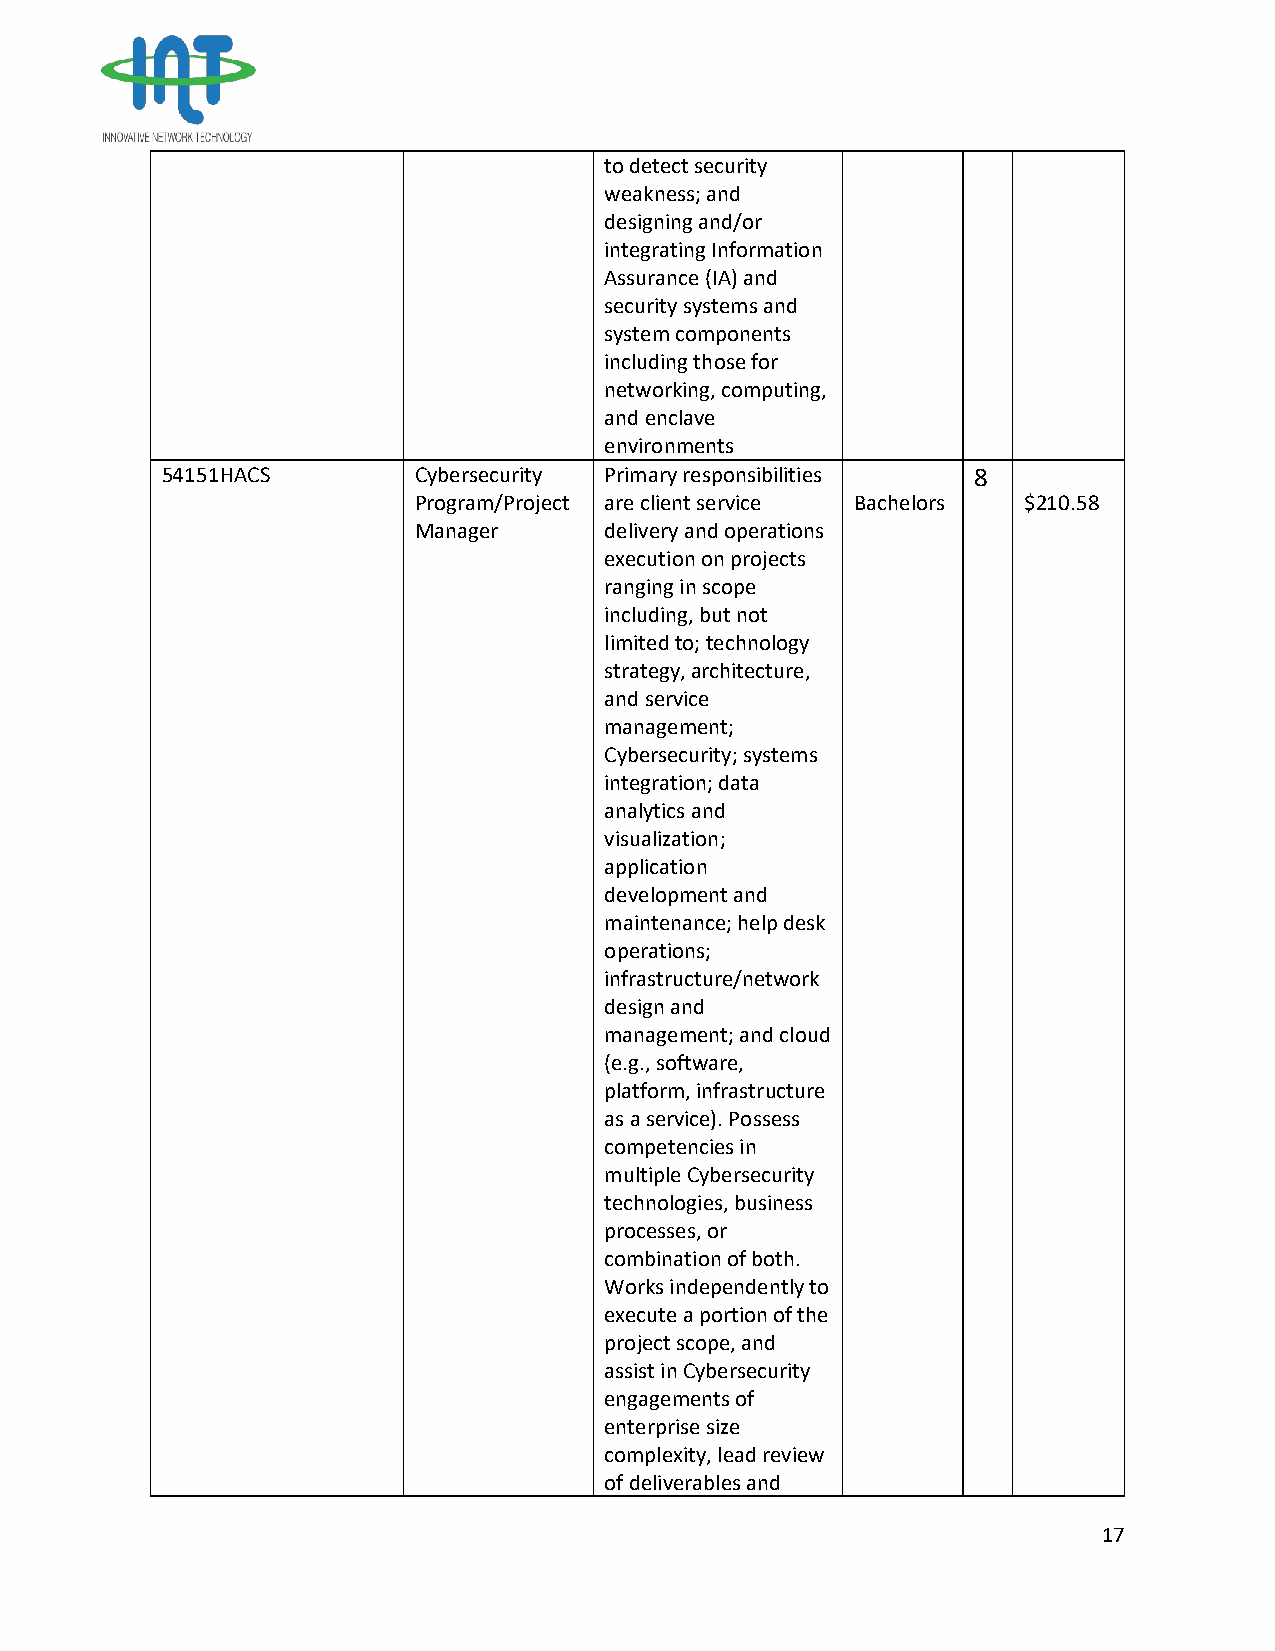
to detect security
 weakness; and
 designing and/or
 integrating Information
 Assurance (IA) and
 security systems and
 system components
 including those for
 networking, computing,
 and enclave
 environments
 54151HACS       Cybersecurity Primary responsibilities 8
 Program/Project are client service Bachelors $210.58
 Manager      delivery and operations
 execution on projects
 ranging in scope
 including, but not
 limited to; technology
 strategy, architecture,
 and service
 management;
 Cybersecurity; systems
 integration; data
 analytics and
 visualization;
 application
 development and
 maintenance; help desk
 operations;
 infrastructure/network
 design and
 management; and cloud
 (e.g., software,
 platform, infrastructure
 as a service). Possess
 competencies in
 multiple Cybersecurity
 technologies, business
 processes, or
 combination of both.
 Works independently to
 execute a portion of the
 project scope, and
 assist in Cybersecurity
 engagements of
 enterprise size
 complexity, lead review
 of deliverables and
 17